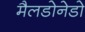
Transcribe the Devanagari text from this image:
मैलडोनेडो